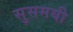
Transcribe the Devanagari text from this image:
सुसमयी